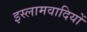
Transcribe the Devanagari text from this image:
इस्लामवादियों